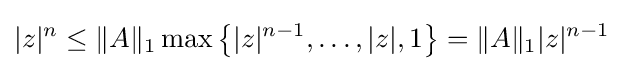
|z|^{n}\leq \|A\|_{1}\max \left\{|z|^{n-1},\ldots ,|z|,1\right\}=\|A\|_{1}|z|^{n-1}